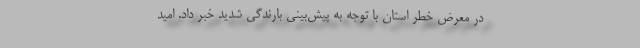
در معرض خطر استان با توجه به پیش‌بینی بارندگی شدید خبر داد. امید